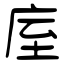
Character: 庢